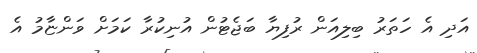
އަދި އެ ހަތަރު ބިލިއަން ރުފިޔާ ބަޖެޓުން އުނިކުރާ ކަމަށް ވަންޏާމު އެ